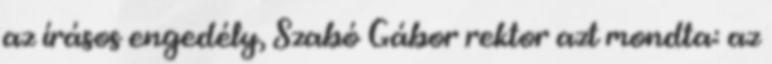
az írásos engedély, Szabó Gábor rektor azt mondta: az